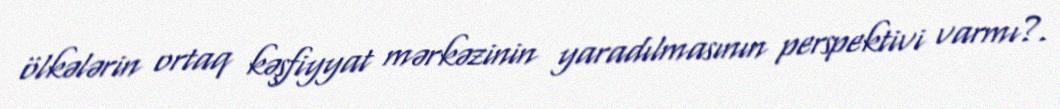
ölkələrin ortaq kəşfiyyat mərkəzinin yaradılmasının perspektivi varmı?.